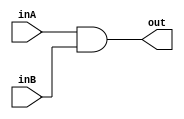
`timescale 1ns / 1ps
//////////////////////////////////////////////////////////////////////////////////
// Company: 
// Engineer: 
// 
// Design Name: 
// Module Name: And
// Project Name: 
// Target Devices: 
// Tool Versions: 
// Description: 
// 
// Dependencies: 
// 
// Revision:
// Revision 0.01 - File Created
// Additional Comments:
// 
//////////////////////////////////////////////////////////////////////////////////


module And (
    inA, inB, out
);

// declare the inputs and outputs (1 bit each)
// return to out
    input inA;
    input inB;
    output out;
    
    // perform bitwise OR operation
    assign out = inA & inB;


endmodule